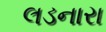
લડનારા